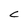
Character: C